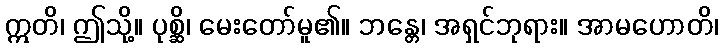
ဣတိ၊ ဤသို့။ ပုစ္ဆိ၊ မေးတော်မူ၏။ ဘန္တေ၊ အရှင်ဘုရား။ အာမဟောတိ၊